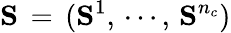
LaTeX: \mathbf{S}\, =\, (\mathbf{S}^{1},\, \cdots,\, \mathbf{S}^{n_{c}})